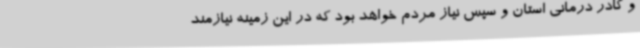
و کادر درمانی استان و سپس نیاز مردم خواهد بود که در این زمینه نیازمند